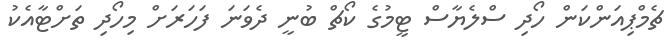
ޗެމްޕިއަންކަން ހޯދި ސްލެޔާސް ޓީމުގެ ކޯޗް ބުނީ ދެވަނަ ފަހަރަށް މިހޯދި ތަށްޓާއެކު